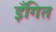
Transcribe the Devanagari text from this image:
इँगित